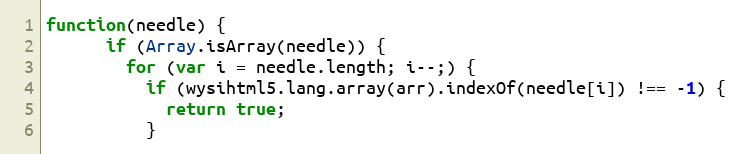
Language: JavaScript
function(needle) {
      if (Array.isArray(needle)) {
        for (var i = needle.length; i--;) {
          if (wysihtml5.lang.array(arr).indexOf(needle[i]) !== -1) {
            return true;
          }